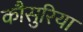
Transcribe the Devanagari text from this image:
कौसुरिया